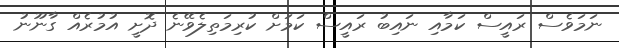
ނަމަވެސް ރައީސް ކަމާއި ނައިބު ރައީސް ކަމަށް ކުރިމަތިލެވޭނެ ދޮށީ އުމުރެއް ގާނޫނު